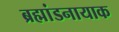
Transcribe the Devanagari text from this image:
ब्रह्मांडनायाक